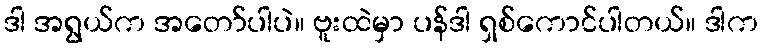
ဒါ အရွယ်က အတော်ပါပဲ။ ဗူးထဲမှာ ပန်ဒါ ရှစ်ကောင်ပါတယ်။ ဒါက